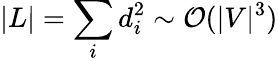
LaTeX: |L|=\sum_{i}d_{i}^{2}\sim\mathcal{O}(|V|^{3})